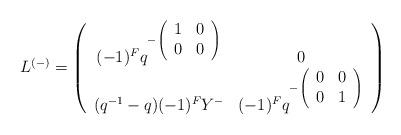
LaTeX: \begin{align*}L^{(-)}=\left(\begin{array}{cc}(-1)^{F}q^{-\left(\begin{array}{cc}1&0\\0&0\end{array}\right)}&0\\(q^{-1}-q)(-1)^{F}Y^{-}&(-1)^{F}q^{-\left(\begin{array}{cc}0&0\\0&1\end{array}\right)}\end{array}\right)\end{align*}